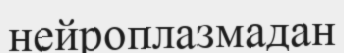
нейроплазмадан